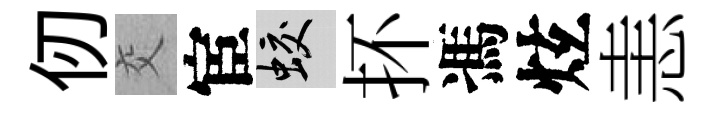
仞交宦蛟抔馮炫恚